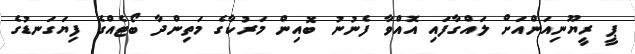
ޕީ ރީޔޫނިއަންއަށް ލައްގާފައި އޮއްވާ ފެނުނު ބޮއިން މަރުކާގެ މަތިންދާ ބޯޓެއްގެ ފިޔަގަނޑުގެ